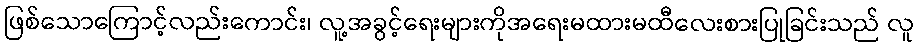
ဖြစ်သောကြောင့်လည်းကောင်း၊ လူ့အခွင့်ရေးများကိုအရေးမထားမထီလေးစားပြုခြင်းသည် လူ